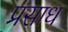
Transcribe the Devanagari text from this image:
प्रसाध